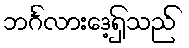
ဘင်္ဂလားဒေ့ရှ်သည်